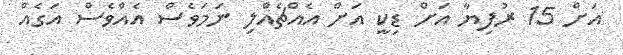
އަށް 15 ރުފިޔާ އަށް ޑިކީ އަށް އެއްޗެއްލި ނަމަވެސް އެއްވެސް އަގެއް